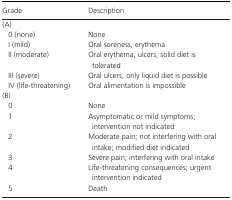
<table><thead><tr><td><b>Grade</b></td><td><b>Description</b></td></tr></thead><tbody><tr><td colspan="2">(A)</td></tr><tr><td>0 (none)</td><td>None</td></tr><tr><td>I (mild)</td><td>Oral soreness, erythema</td></tr><tr><td>II (moderate)</td><td>Oral erythema, ulcers, solid diet is tolerated</td></tr><tr><td>III (severe)</td><td>Oral ulcers, only liquid diet is possible</td></tr><tr><td>IV (life‐threatening)</td><td>Oral alimentation is impossible</td></tr><tr><td colspan="2">(B)</td></tr><tr><td>0</td><td>None</td></tr><tr><td>1</td><td>Asymptomatic or mild symptoms; intervention not indicated</td></tr><tr><td>2</td><td>Moderate pain; not interfering with oral intake; modified diet indicated</td></tr><tr><td>3</td><td>Severe pain; interfering with oral intake</td></tr><tr><td>4</td><td>Life‐threatening consequences; urgent intervention indicated</td></tr><tr><td>5</td><td>Death</td></tr></tbody></table>